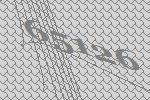
65126